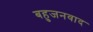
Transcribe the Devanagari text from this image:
बहुजनवाद